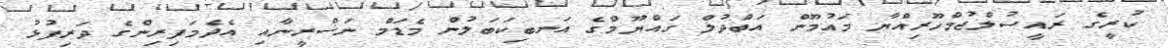
ކުރީގެ ރައީސުލްޖުމްހޫރިއްޔާ މައުމޫން އަބްދުލް ގައްޔޫމްގެ އަނބިކަބަލުން މެޑަމް ނަސްރީނާއި އެދެމަފިރިންގެ ދަރިފުޅު